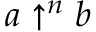
a \uparrow ^ { n } b